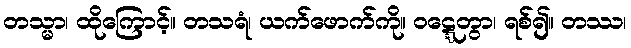
တသ္မာ၊ ထိုကြောင့်။ တသရံ၊ ယက်ဖောက်ကို။ ဝဋ္ဋေတွာ၊ ရစ်၍။ တဿ၊